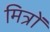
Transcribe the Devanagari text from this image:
मित्रों